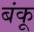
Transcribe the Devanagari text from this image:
बंकू